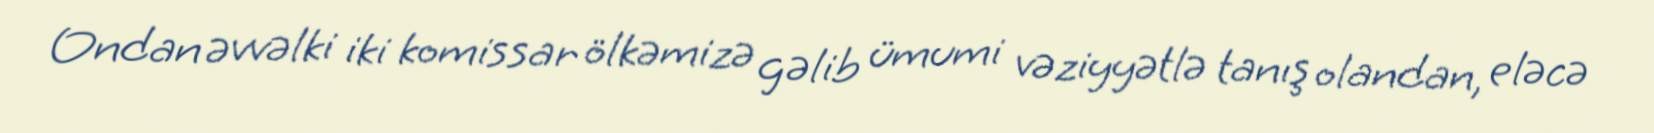
Ondan əvvəlki iki komissar ölkəmizə gəlib ümumi vəziyyətlə tanış olandan, eləcə